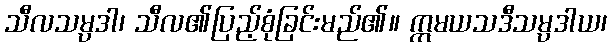
သီလသမ္ပဒါ၊ သီလ၏ပြည့်စုံခြင်းမည်၏။ ဣမယသဒီသမ္ပဒါယ၊